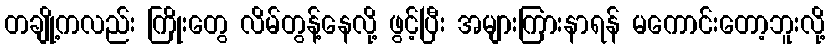
တချို့ကလည်း ကြိုးတွေ လိမ်တွန့်နေလို့ ဖွင့်ပြီး အများကြားနာရန် မကောင်းတော့ဘူးလို့